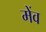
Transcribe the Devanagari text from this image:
मेंव